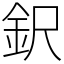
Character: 鈬